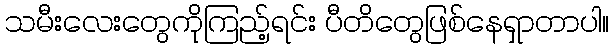
သမီးလေးတွေကိုကြည့်ရင်း ပီတိတွေဖြစ်နေရှာတာပါ။